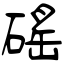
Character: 磘